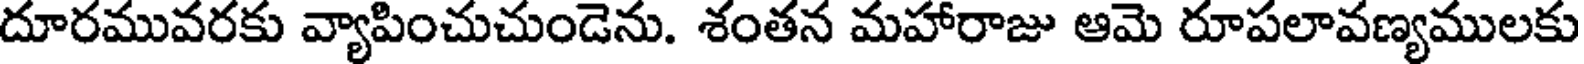
దూరమువరకు వ్యాపించుచుండెను. శంతన మహారాజు ఆమె రూపలావణ్యములకు